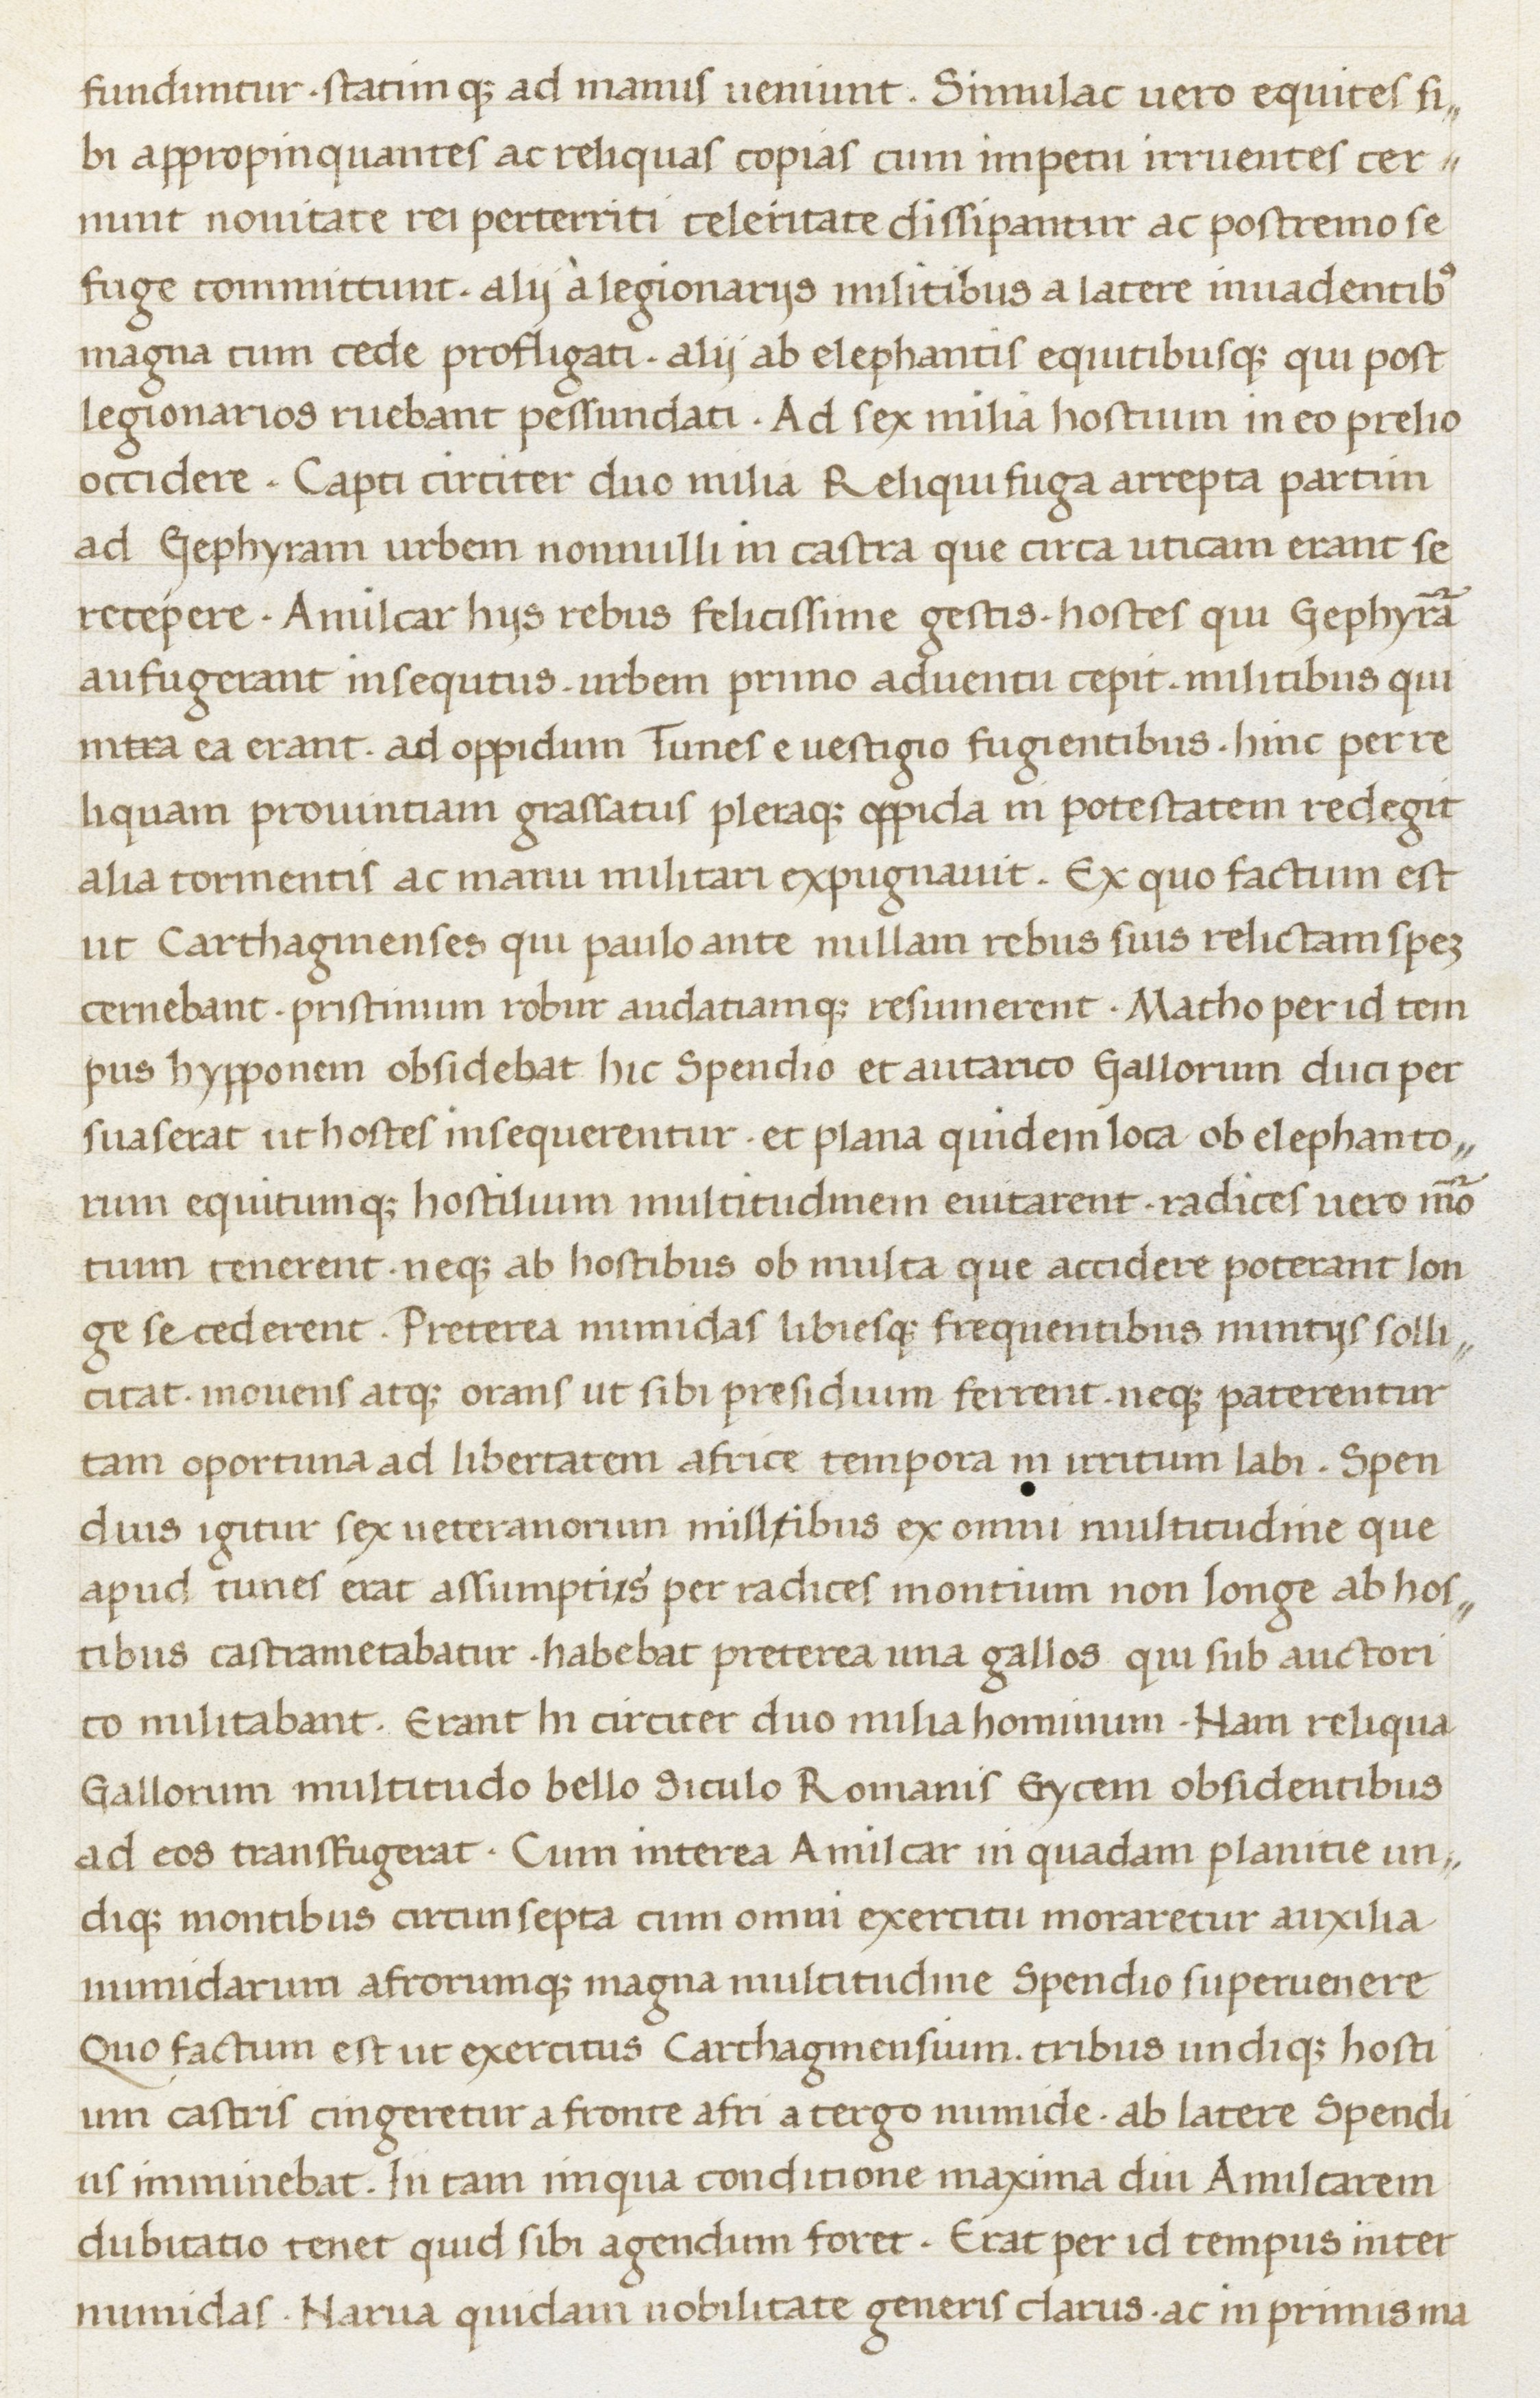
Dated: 1400–1499